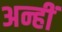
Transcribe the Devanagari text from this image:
अन्हीं